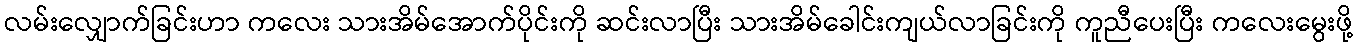
လမ်းလျှောက်ခြင်းဟာ ကလေး သားအိမ်အောက်ပိုင်းကို ဆင်းလာပြီး သားအိမ်ခေါင်းကျယ်လာခြင်းကို ကူညီပေးပြီး ကလေးမွေးဖို့